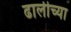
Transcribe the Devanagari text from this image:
ढालीच्या